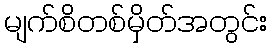
မျက်စိတစ်မှိတ်အတွင်း